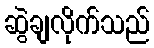
ဆွဲချလိုက်သည်